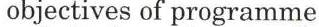
 objectives of programme